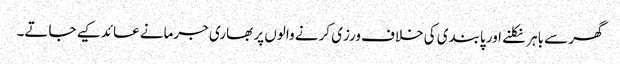
گھر سے باہر نکلنے اور پابندی کی خلاف ورزی کرنے والوں پر بھاری جرمانے عائد کیے جاتے۔